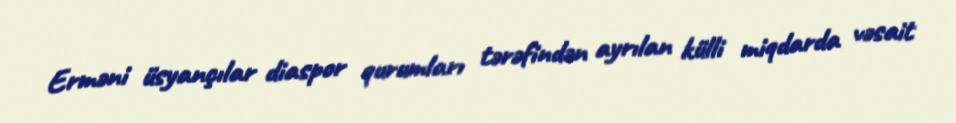
Erməni üsyançılar diaspor qurumları tərəfindən ayrılan külli miqdarda vəsait